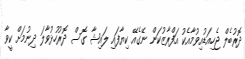
ދޮރުބެލް ޖެހިއަޑުއިވުމާއެކު އަފްރާޒުކަން ނޭގެއޭ ކިޔާފައި ލައިޝާ ގޮސް ދޮރުހުޅުވާލަ ދިނުމަށް ކީވާ